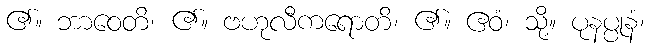
၏။ ဘာဝေတိ၊ ၏။ ဗဟုလီကရောတိ၊ ၏။ ဧဝံ၊ သို့။ ပုနပ္ပုနံ၊